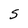
Character: 5